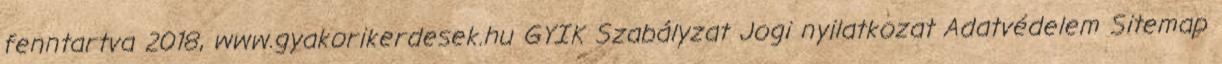
fenntartva 2018, www.gyakorikerdesek.hu GYIK Szabályzat Jogi nyilatkozat Adatvédelem Sitemap